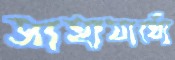
সাহাযার্থ্যে